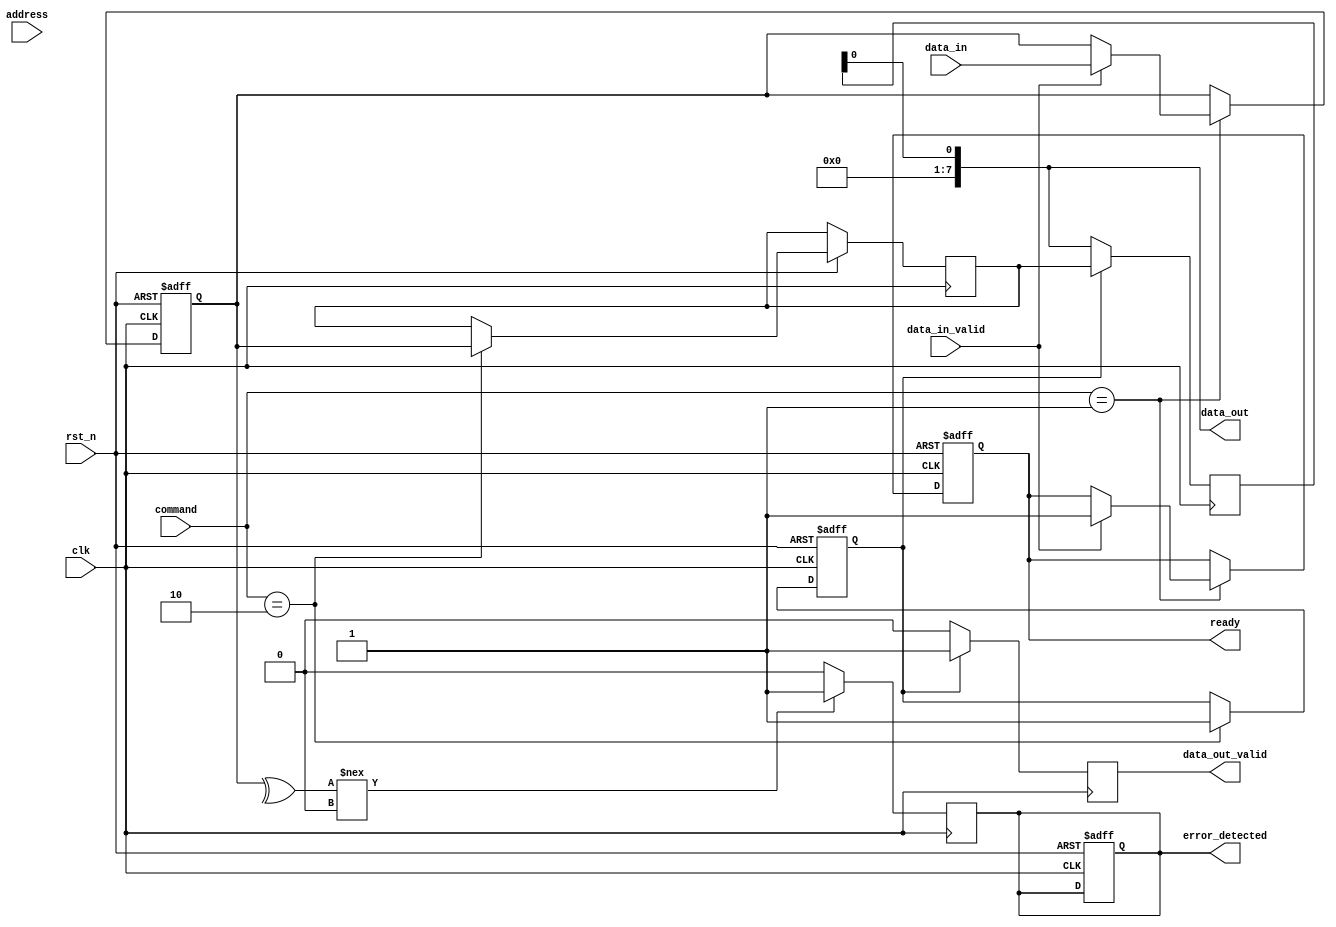
module IO_Block (
    input wire clk,
    input wire rst_n,
    input wire [7:0] data_in,          // Data input from external controller
    input wire data_in_valid,          // Data input valid signal
    output wire [7:0] data_out,        // Data output to external controller
    output wire data_out_valid,        // Data output valid signal
    input wire [3:0] command,          // Command input (e.g., read, write)
    input wire [15:0] address,         // Address input
    output wire ready,                 // Ready signal for the controller
    output wire error_detected         // Error detection signal
);

// Internal signals
reg [7:0] data_latch;
reg [7:0] data_buffer;
reg data_out_reg;
reg data_out_valid_reg;
reg ready_reg;
reg error_detected_reg;

// Command Decoder
always @(posedge clk or negedge rst_n) begin
    if (!rst_n) begin
        data_latch <= 8'b0;
        data_out_valid_reg <= 1'b0;
        ready_reg <= 1'b0;
        error_detected_reg <= 1'b0;
    end else begin
        case (command)
            4'b0001: begin // Read Command
                if (data_in_valid) begin
                    data_latch <= data_in; // Capture incoming data
                    ready_reg <= 1'b1; // Indicate ready for output
                end
            end
            4'b0010: begin // Write Command
                data_buffer <= data_latch; // Store data to buffer
                data_out_valid_reg <= 1'b1; // Indicate data is ready to be sent
            end
            4'b0011: begin // Refresh Command
                // Handle refresh logic here
            end
            default: begin
                // Handle other commands
            end
        endcase
    end
end

// Data Serializer (simplified)
always @(posedge clk) begin
    if (data_out_valid_reg) begin
        data_out <= data_buffer; // Output the buffered data
        data_out_valid <= 1'b1; // Set output valid
    end else begin
        data_out_valid <= 1'b0; // Clear output valid
    end
end

// Error Detection Logic (simplified)
always @(posedge clk) begin
    // Simple parity check for error detection
    if (^data_latch !== 1'b0) begin
        error_detected_reg <= 1'b1; // Error detected
    end else begin
        error_detected_reg <= 1'b0; // No error
    end
end

assign data_out = data_out_reg;
assign ready = ready_reg;
assign error_detected = error_detected_reg;

endmodule